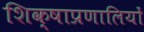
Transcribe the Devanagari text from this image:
शिक्षाप्रणालियों